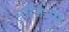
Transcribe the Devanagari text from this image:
गॉर्जियस